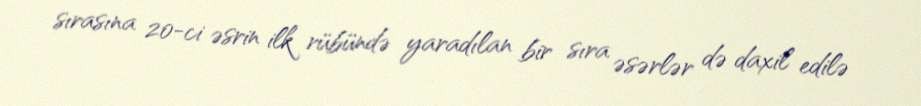
sırasına 20-ci əsrin ilk rübündə yaradılan bir sıra əsərlər də daxil edilə